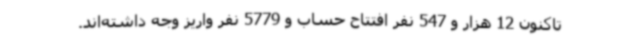
تاکنون 12 هزار و 547 نفر افتتاح حساب و 5779 نفر واریز وجه داشته‌اند.